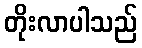
တိုးလာပါသည်